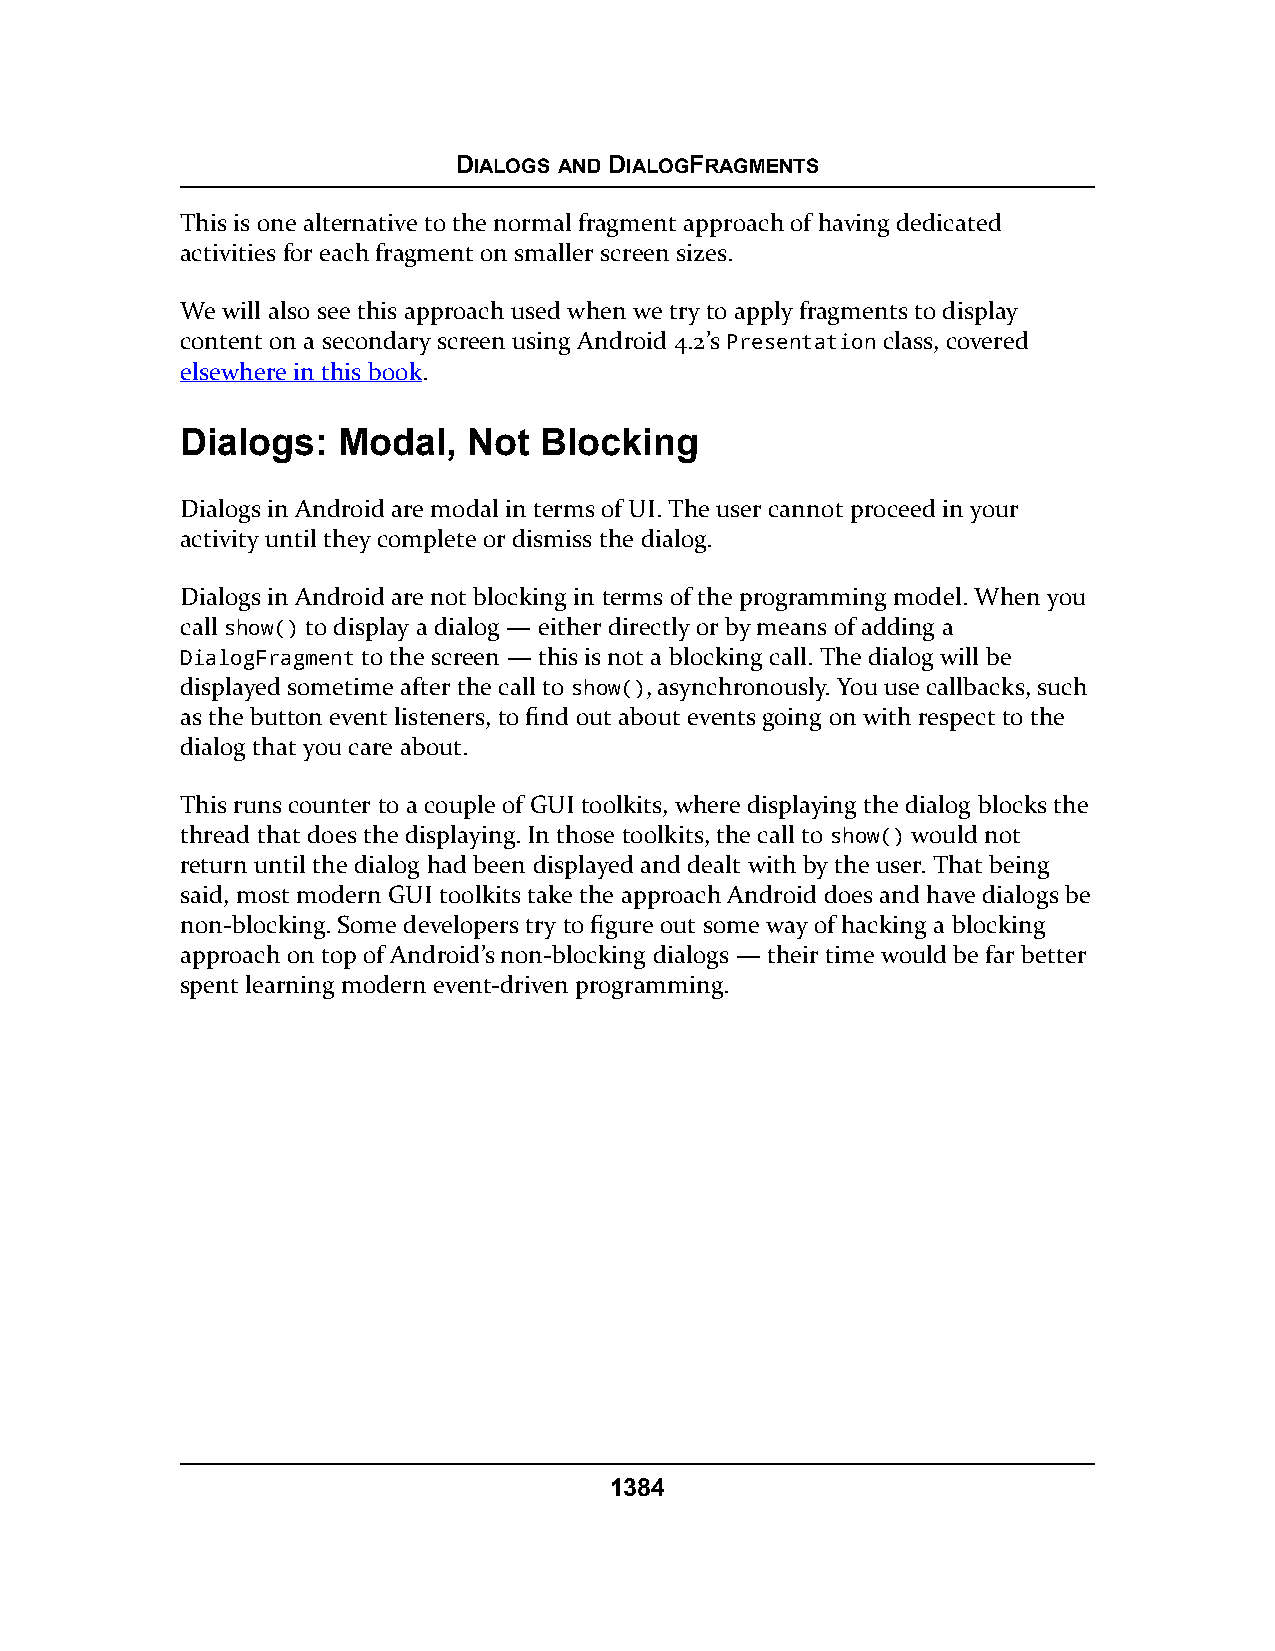
DIALOGS AND DIALOGFRAGMENTS
 This is one alternative to the normal fragment approach of having dedicated
 activities for each fragment on smaller screen sizes.
 We will also see this approach used when we try to apply fragments to display
 content on a secondary screen using Android 4.2’s Presentation class, covered
 elsewhere in this book.
 Dialogs:  Modal,   Not  Blocking
 Dialogs in Android are modal in terms of UI. The user cannot proceed in your
 activity until they complete or dismiss the dialog.
 Dialogs in Android are not blocking in terms of the programming model. When you
 call show() to display a dialog — either directly or by means of adding a
 DialogFragment to the screen — this is not a blocking call. The dialog will be
 displayed sometime after the call to show(), asynchronously. You use callbacks, such
 as the button event listeners, to find out about events going on with respect to the
 dialog that you care about.
 This runs counter to a couple of GUI toolkits, where displaying the dialog blocks the
 thread that does the displaying. In those toolkits, the call to show() would not
 return until the dialog had been displayed and dealt with by the user. That being
 said, most modern GUI toolkits take the approach Android does and have dialogs be
 non-blocking. Some developers try to figure out some way of hacking a blocking
 approach on top of Android’s non-blocking dialogs — their time would be far better
 spent learning modern event-driven programming.
 1384